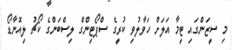
މި ސީޒަންގައި ޓީމާ އަލަށް ހަވާލުވި ކުރީގެ ސްޕޯޓިންގް ލިސްބަންގެ ކޯޗު ލިއޮނާޑޯ